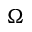
\Omega